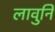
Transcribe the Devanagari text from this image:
लावुनि